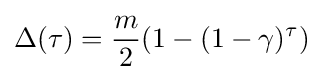
\Delta (\tau )={\frac {m}{2}}(1-(1-\gamma )^{\tau })